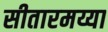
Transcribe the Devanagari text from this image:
सीतारमय्या